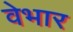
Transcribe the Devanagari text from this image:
वेभार